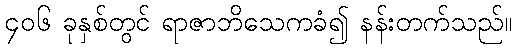
၄၀၆ ခုနှစ်တွင် ရာဇာဘိသေကခံ၍ နန်းတက်သည်။